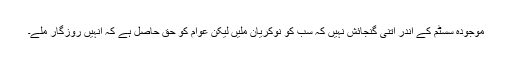
موجودہ سسٹم کے اندر اتنی گنجائش نہیں کہ سب کو نوکریان ملیں لیکن عوام کو حق حاصل ہے کہ انہیں روزگار ملے۔